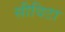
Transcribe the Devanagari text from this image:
सीविटा